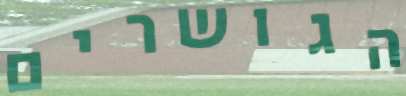
הגושרים